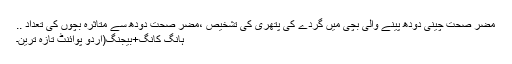
مضر صحت چینی دودھ پینے والی بچی میں گردے کی پتھری کی تشخیص ،مضر صحت دودھ سے متاثرہ بچوں کی تعداد ..
ہانگ کانگ+بیجنگ(اُردو پوائنٹ تازہ ترین۔